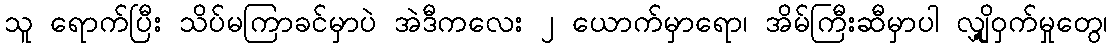
သူ ရောက်ပြီး သိပ်မကြာခင်မှာပဲ အဲဒီကလေး ၂ ယောက်မှာရော၊ အိမ်ကြီးဆီမှာပါ လျှို့ဝှက်မှုတွေ၊